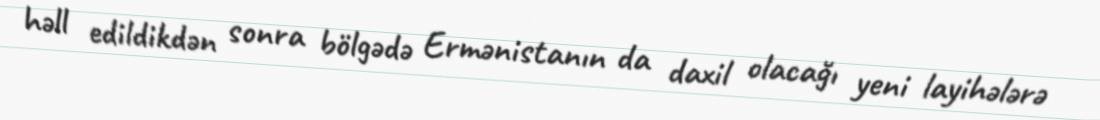
həll edildikdən sonra bölgədə Ermənistanın da daxil olacağı yeni layihələrə